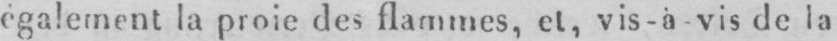
également la proie des flammes, er, vis-à-vis de la